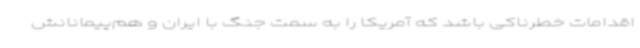
اقدامات خطرناکی باشد که آمریکا را به سمت جنگ با ایران و هم‌پیمانانش